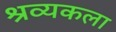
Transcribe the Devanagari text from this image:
श्रव्यकला